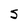
Character: S